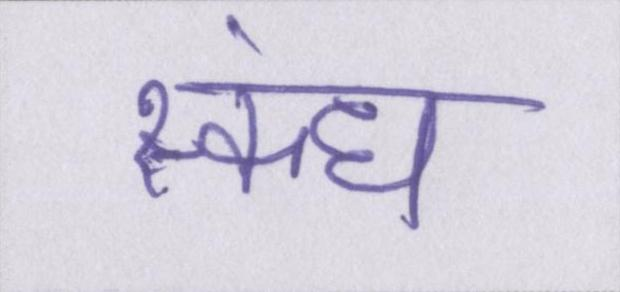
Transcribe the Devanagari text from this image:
स्कंध